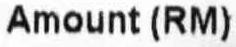
AMOUNT (RM)